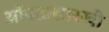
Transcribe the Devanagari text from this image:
आेंबळसारखी